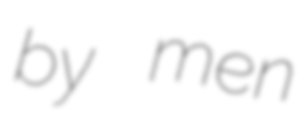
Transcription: by men